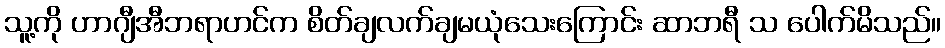
သူ့ကို ဟာဂျီအီဘရာဟင်က စိတ်ချလက်ချမယုံသေးကြောင်း ဆာဘရီ သ ပေါက်မိသည်။